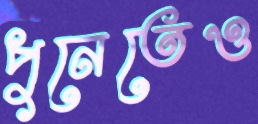
পুনেতেও